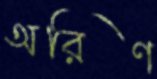
অরিণ